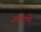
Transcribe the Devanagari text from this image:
जलाणि